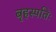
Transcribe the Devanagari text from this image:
बृहस्पतिः